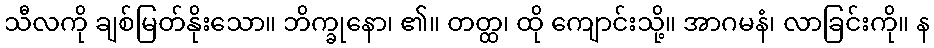
သီလကို ချစ်မြတ်နိုးသော။ ဘိက္ခုနော၊ ၏။ တတ္ထ၊ ထို ကျောင်းသို့။ အာဂမနံ၊ လာခြင်းကို။ န